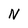
Character: N